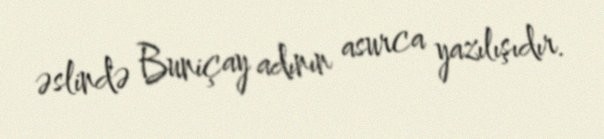
əslində Buniçay adının asurca yazılışıdır.